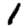
Digit: 1